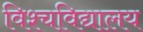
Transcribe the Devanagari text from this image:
विश्चविद्यालय